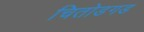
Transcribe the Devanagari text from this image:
चितोडगड